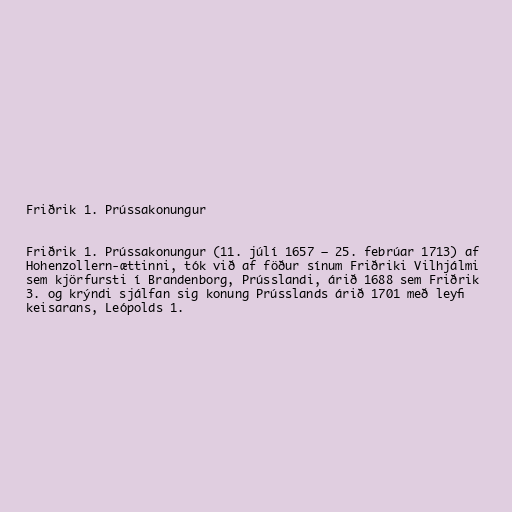
Friðrik 1. Prússakonungur

Friðrik 1. Prússakonungur (11. júlí 1657 – 25. febrúar 1713) af
Hohenzollern-ættinni, tók við af föður sínum Friðriki Vilhjálmi
sem kjörfursti í Brandenborg, Prússlandi, árið 1688 sem Friðrik
3. og krýndi sjálfan sig konung Prússlands árið 1701 með leyfi
keisarans, Leópolds 1.